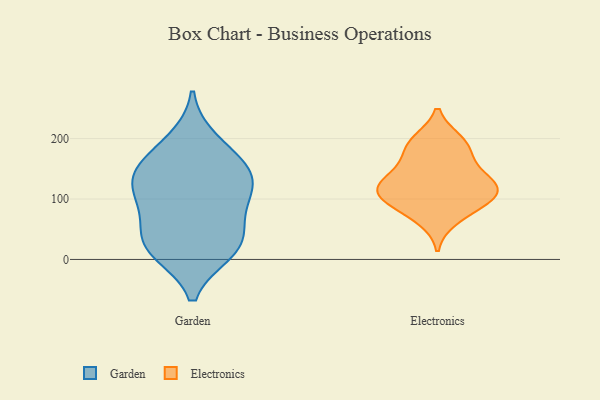
{"axis": {"x": "Churn Rate (%)", "y": "Value"}, "legend": ["Electronics", "Garden"], "data": [{"x": "", "y": 36, "type": "Garden"}, {"x": "", "y": 100, "type": "Garden"}, {"x": "", "y": 197, "type": "Garden"}, {"x": "", "y": 24, "type": "Garden"}, {"x": "", "y": 165, "type": "Garden"}, {"x": "", "y": 132, "type": "Garden"}, {"x": "", "y": 13, "type": "Garden"}, {"x": "", "y": 148, "type": "Garden"}, {"x": "", "y": 72, "type": "Garden"}, {"x": "", "y": 18, "type": "Garden"}, {"x": "", "y": 108, "type": "Garden"}, {"x": "", "y": 138, "type": "Garden"}, {"x": "", "y": 127, "type": "Electronics"}, {"x": "", "y": 196, "type": "Electronics"}, {"x": "", "y": 153, "type": "Electronics"}, {"x": "", "y": 193, "type": "Electronics"}, {"x": "", "y": 93, "type": "Electronics"}, {"x": "", "y": 119, "type": "Electronics"}, {"x": "", "y": 177, "type": "Electronics"}, {"x": "", "y": 67, "type": "Electronics"}, {"x": "", "y": 106, "type": "Electronics"}, {"x": "", "y": 94, "type": "Electronics"}, {"x": "", "y": 117, "type": "Electronics"}, {"x": "", "y": 129, "type": "Electronics"}]}